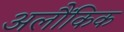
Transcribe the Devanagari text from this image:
अलौंकिक